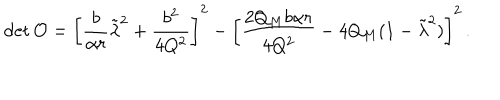
\mathrm { d e t } \, { \cal O } = \left[ \frac { b } { \alpha r } \tilde { \lambda } ^ { 2 } + \frac { b ^ { 2 } } { 4 Q ^ { 2 } } \right] ^ { 2 } - \left[ \frac { 2 Q _ { M } b \alpha r } { 4 Q ^ { 2 } } - 4 Q _ { M } ( 1 - \tilde { \lambda } ^ { 2 } ) \right] ^ { 2 } \, .